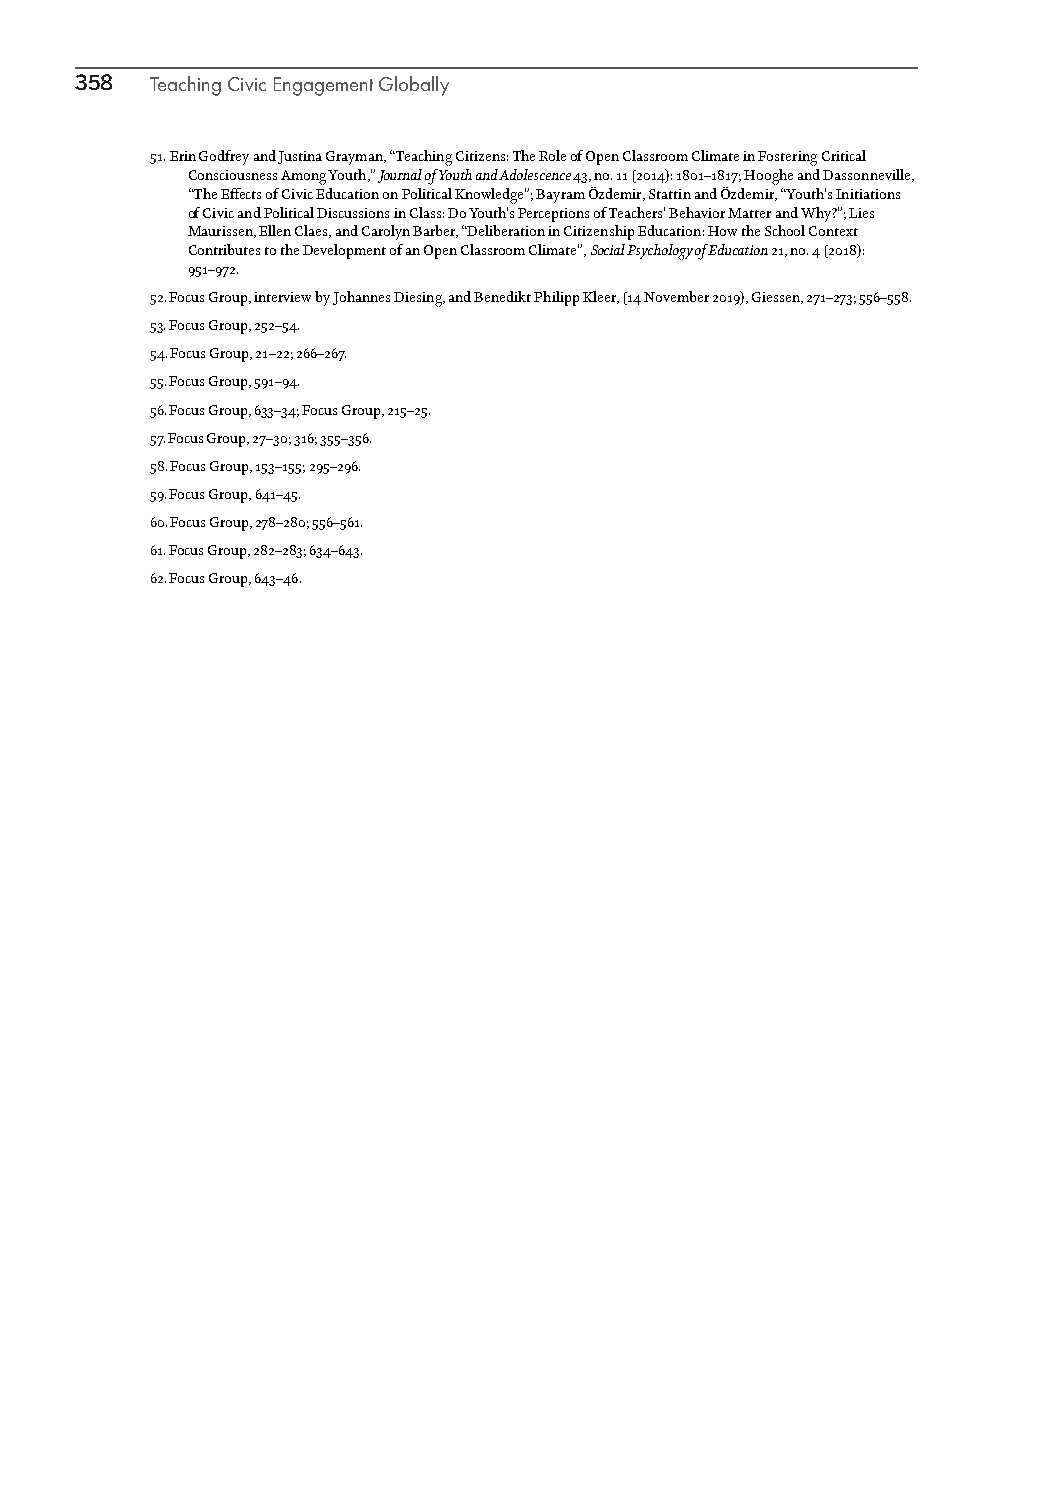
358  Teaching Civic Engagement Globally
 51. Erin Godfrey and Justina Grayman, “Teaching Citizens: The Role of Open Classroom Climate in Fostering Critical
 Consciousness Among Youth,” Journal of Youth and Adolescence 43, no. 11 (2014): 1801–1817; Hooghe and Dassonneville,
 “The Effects of Civic Education on Political Knowledge”; Bayram Özdemir, Stattin and Özdemir, “Youth’s Initiations
 of Civic and Political Discussions in Class: Do Youth’s Perceptions of Teachers’ Behavior Matter and Why?”; Lies
 Maurissen, Ellen Claes, and Carolyn Barber, “Deliberation in Citizenship Education: How the School Context
 Contributes to the Development of an Open Classroom Climate”, Social Psychology of Education 21, no. 4 (2018):
 951–972.
 52. Focus Group, interview by Johannes Diesing, and Benedikt Philipp Kleer, (14 November 2019), Giessen, 271–273; 556–558.
 53. Focus Group, 252–54.
 54. Focus Group, 21–22; 266–267.
 55. Focus Group, 591–94.
 56. Focus Group, 633–34; Focus Group, 215–25.
 57. Focus Group, 27–30; 316; 355–356.
 58. Focus Group, 153–155; 295–296.
 59. Focus Group, 641–45.
 60. Focus Group, 278–280; 556–561.
 61. Focus Group, 282–283; 634–643.
 62. Focus Group, 643–46.